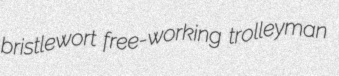
bristlewort free-working trolleyman